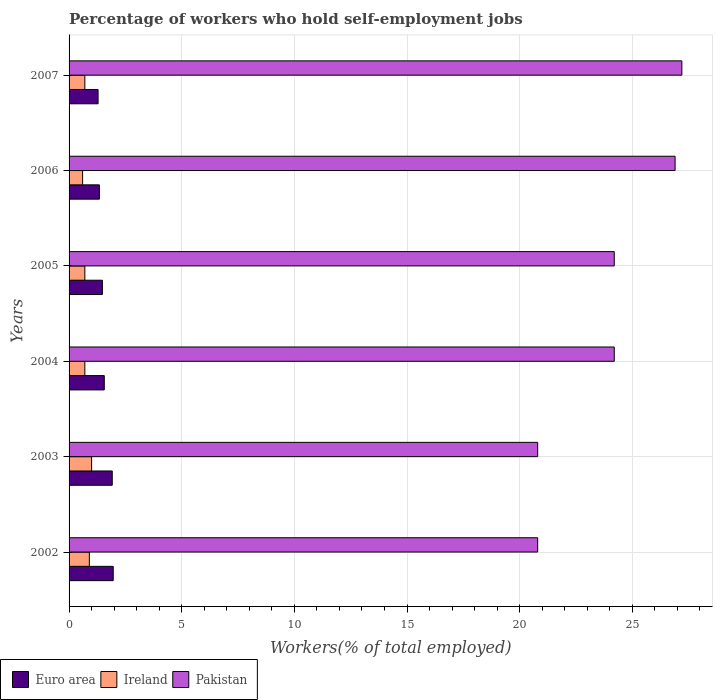
| Years | Euro area | Ireland | Pakistan |
 | --- | --- | --- | --- |
 | 2002 | 1.96 | 0.9 | 20.8 |
 | 2003 | 1.92 | 1 | 20.8 |
 | 2004 | 1.56 | 0.7 | 24.2 |
 | 2005 | 1.48 | 0.7 | 24.2 |
 | 2006 | 1.35 | 0.6 | 26.9 |
 | 2007 | 1.29 | 0.7 | 27.2 |